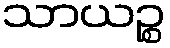
သာယဉ္စ